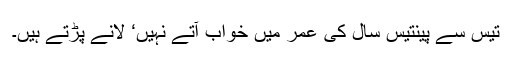
تیس سے پینتیس سال کی عمر میں خواب آتے نہیں‘ لانے پڑتے ہیں۔